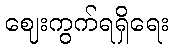
ဈေးကွက်ရရှိရေး